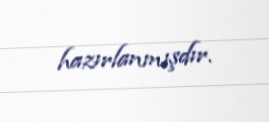
hazırlanmışdır.